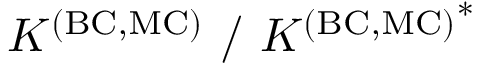
K ^ { \mathrm { ( B C , M C ) } } ~ / ~ { K ^ { \mathrm { ( B C , M C ) } } } ^ { * }